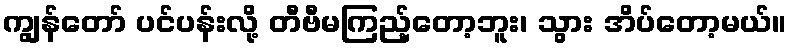
ကျွန်တော် ပင်ပန်းလို့ တီဗီမကြည့်တော့ဘူး၊ သွား အိပ်တော့မယ်။